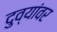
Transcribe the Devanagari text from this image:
दुव्यांवर